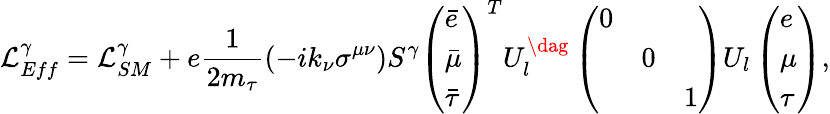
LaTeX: \mathcal{L}_{Eff}^{\gamma}=\mathcal{L}_{SM}^{\gamma}+e\frac{1}{2m_{\tau}}(-ik_{\nu}\sigma^{\mu\nu})S^{\gamma}\left(\begin{array}{l}{{\bar{e}}}\\ {{\bar{\mu}}}\\ {{\bar{\tau}}}\end{array}\right)^{T}U_{l}^{\dag}\left(\begin{array}{lll}{{0}}&{{}}&{{}}\\ {{}}&{{0}}&{{}}\\ {{}}&{{}}&{{1}}\end{array}\right)U_{l}\left(\begin{array}{l}{{e}}\\ {{\mu}}\\ {{\tau}}\end{array}\right),